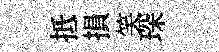
抵損笑琛